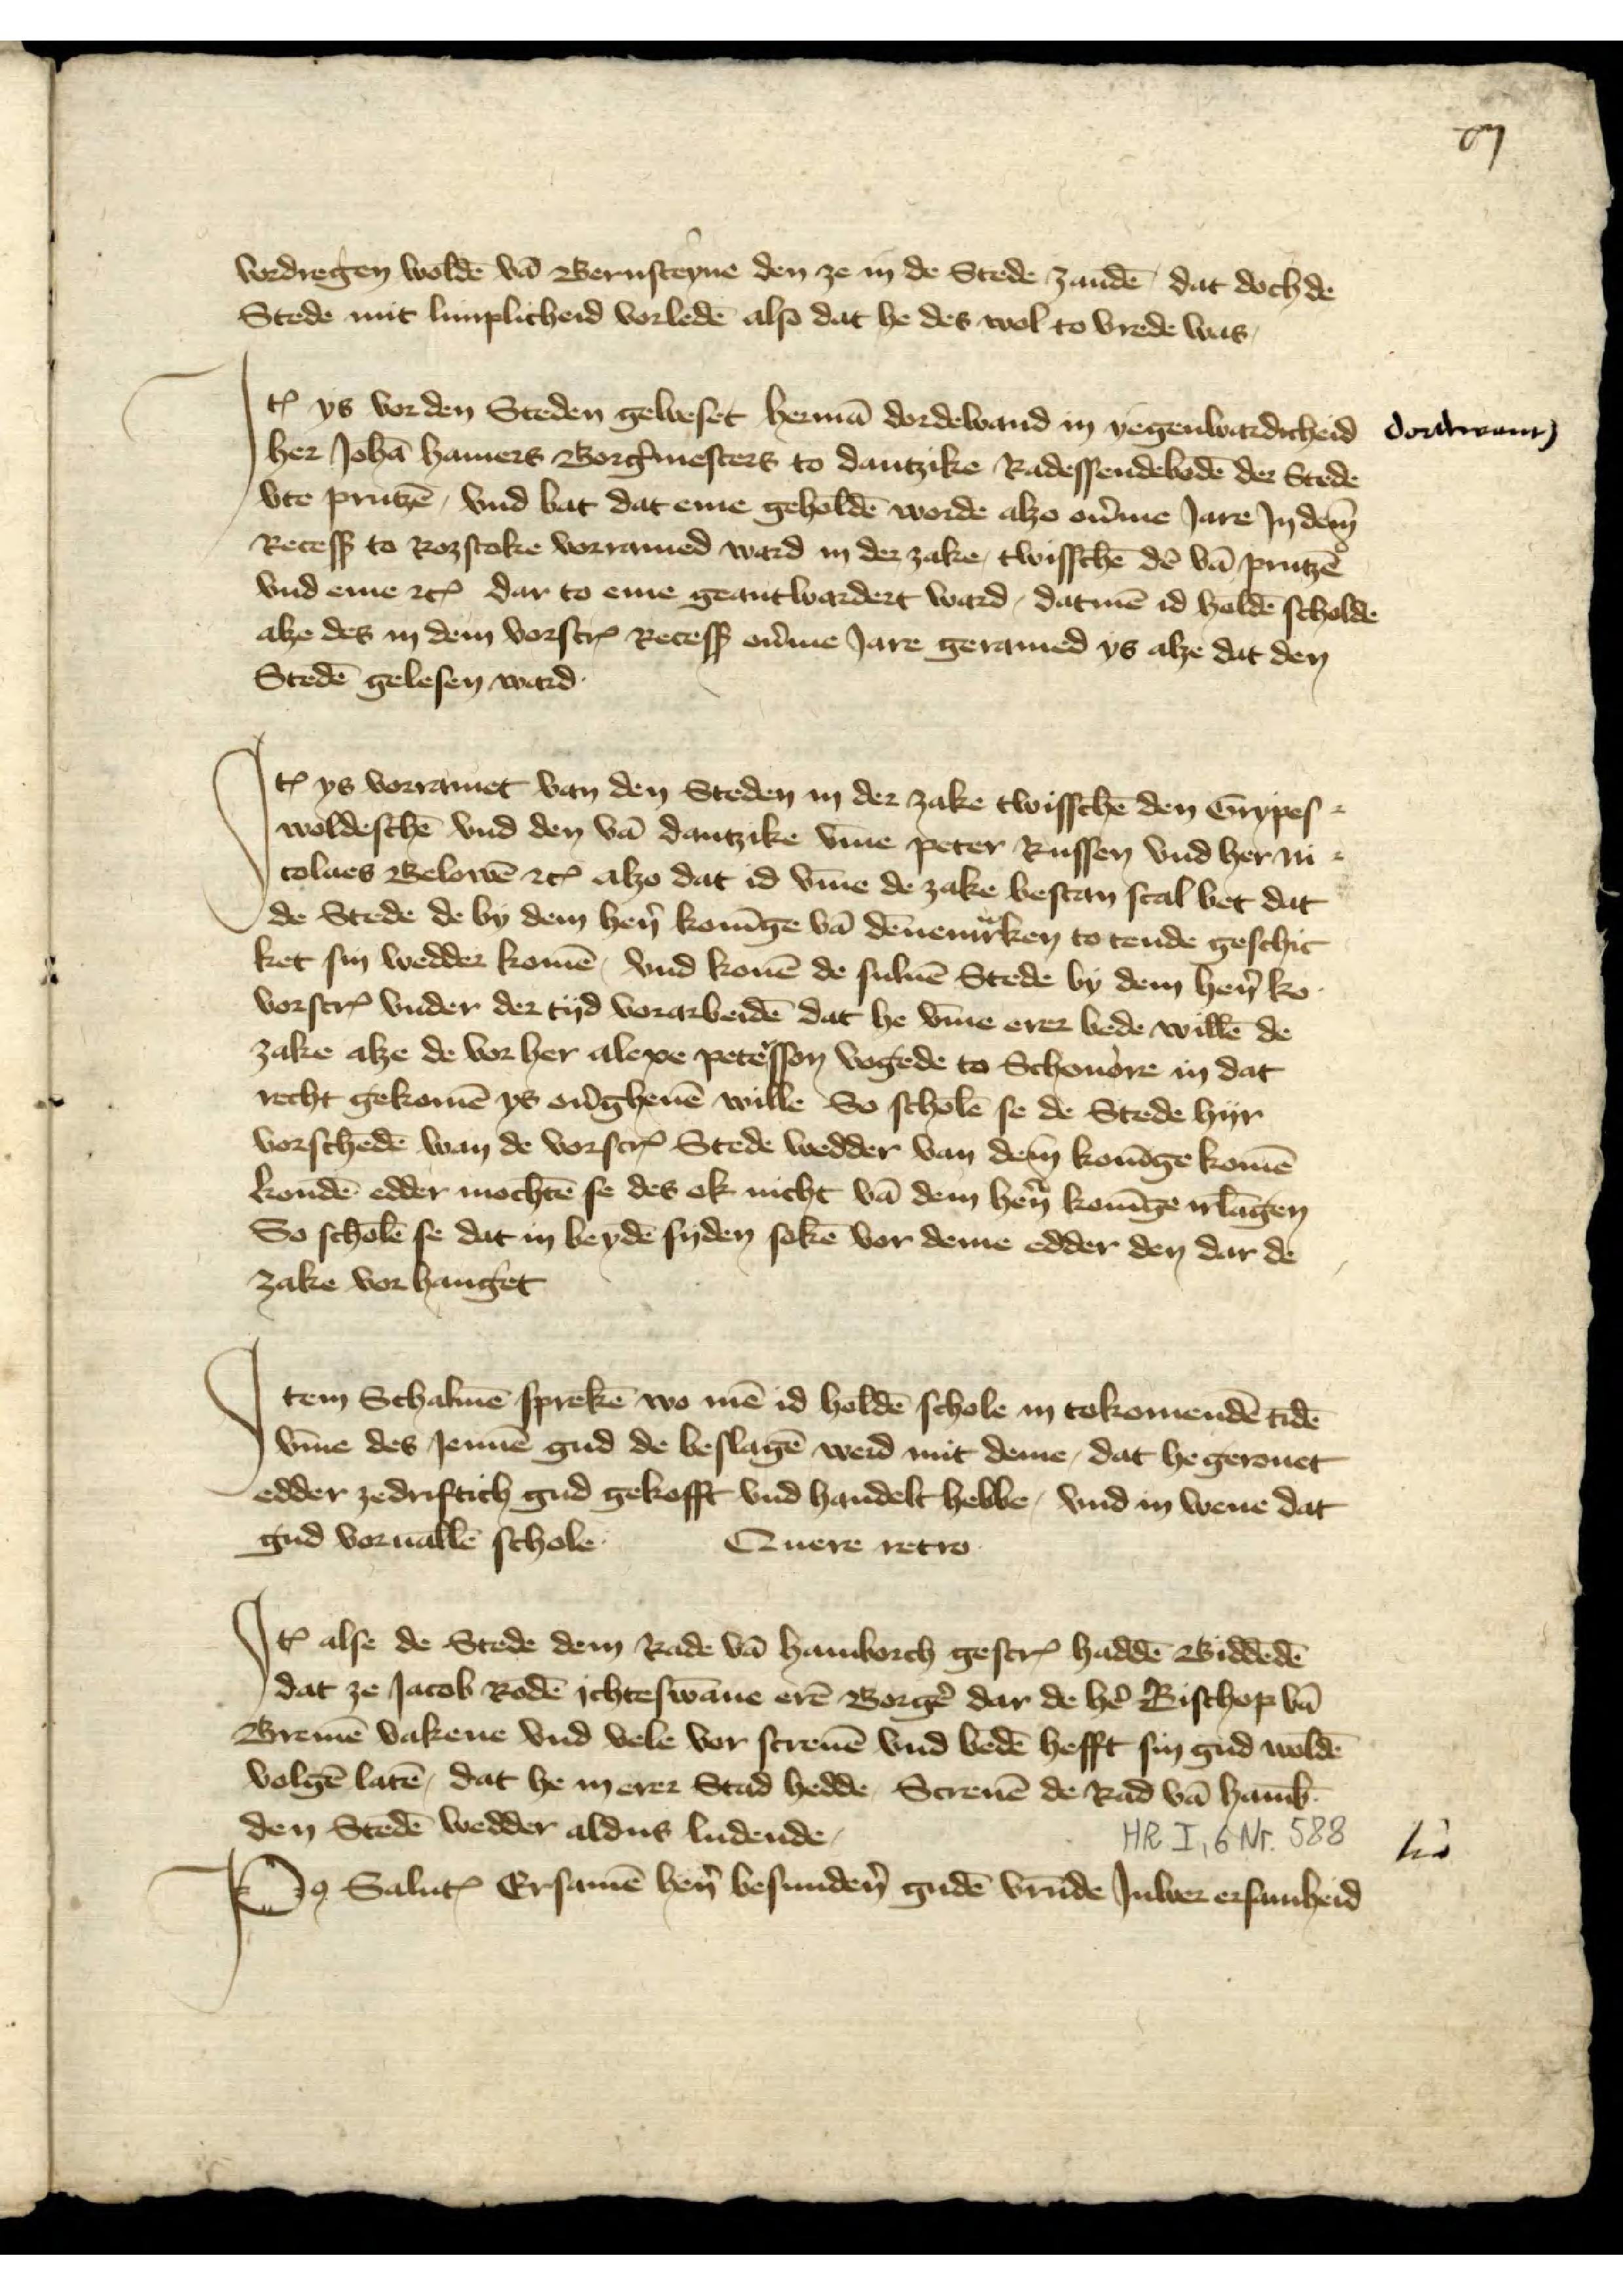
xij

vordregen woldē vā Bernsteyne den ze in de Stede zandē, dat doch de
Stede mit limplicheid vorledē also dat he des wol to vrede was

Iꝷ ys vor den Steden geweset Hermā Dordewand in yegenwardicheid
her Johā Hamers Borg̉mesters to Dantzkie Radessendebodē der Stede
vte Prutzē, vnd bat dat eme geholdē worde alzo oủme Jare Jn dem
Recesß to Roztoke vorramed ward in der zake, twisschē den vā Prutzē
vnd eme etꝬ dar to eme geantwardet ward, datmē id holdē scholde
alzo des in dem vorscrꝬ Recesß oủme Jare geramed ys alze dat den
Stedē gelesen ward

dordwans

Iꝷ ys vorramet van den Steden in der zake twisschē den Grypes¬
woldeschē vnd den vā Dantzike v̄me Peter Russen vnd her Ni¬
colaes Belowē etꝬ alzo dat id v̄me de zake bestan scal bet dat
de Stede de by dem hẻn Konīge van Dēnemͣrken to tende geschic¬
ket sin wedder komē, vnd konē de sulven Stede by dem hẻn Ko
vorscrꝬ vnder der tyd vorarbeidē dat he v̄me erer bede willē de
zake alze de vor her Alexe Petẻsson vogede to Schevore in dat
recht gekomē ys overgheuē wille So scholē se de Stede hyr
vorschedē wan de vorscrꝬ Stede wedder van dem Konīge komē
kondē edder mochtē se des ok nicht vā den hẻn Konīge irlāgen
So scholē se dat in beydē syden sekē vor deme edder den dar de
zake vorhanget

Item Schalmē sprekē wo mē id holdē schole in tokomendē tidē
v̄me des Jennē gud de beslagē werd mit deme, dat he gerouet
edder zedriftich gud gekofft vnd handelt hebbe, vnd in wene dat
gud voruallē schole
Quere retro

Iꝷ alse de Stede dem Rade vā Hamborch gescrꝬ haddē Biddēde
dat ze Jacob Rodē ichteswāne erē Borgẻ dar de hẻ Bischop vā
Bremē vakene vnd vele vor screuē vnd bedē hefft sin gud woldē
volgē latē, dat he in erer Stad hedde, Screuē de Rad vā Hamb̄
den Stedē wedder aldus ludende

Po̧ Saluꝷ Ersamē hẻn besundẻn gudē vrūde Juwer ersamheid

Po̧ Saluꝷ Ersamē hẻn besundẻn gudē vrūde Juwer ersamheid
den Stedē wedder aldus ludende

l̄t̄a